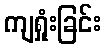
ကျရှုံးခြင်း